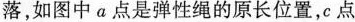
落，如图中a点是弹性绳的原长位置，c点